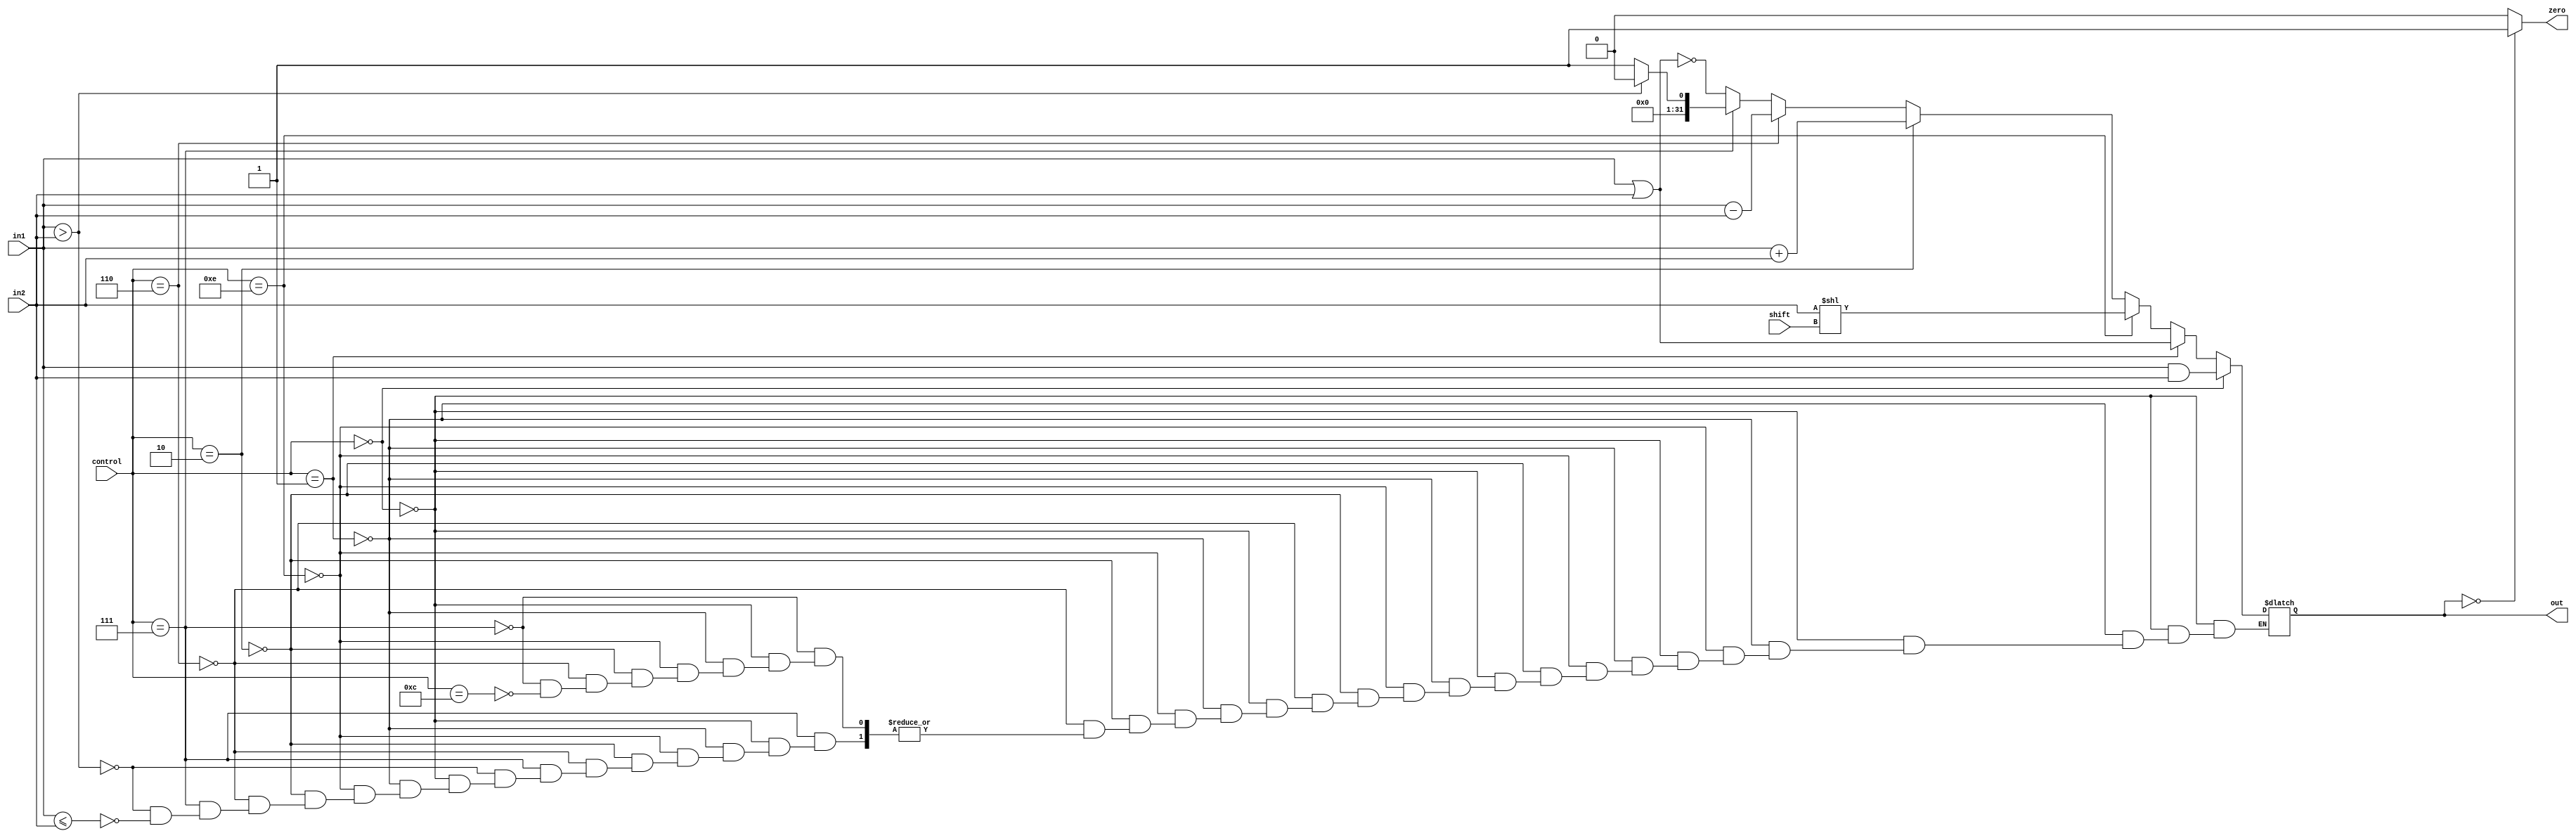
module Alu (in1 , in2 , control , zero , shift , out) ;
	input[31:0] in1;
	input[31:0] in2;
	input[3:0] control;	
	input[4:0] shift;
	output reg [31:0] out;
	output reg zero; 
	 always @(in1 or in2 or control) #5 begin
		if(control == 4'b0000)	
			out = in1 & in2;
	
		else if(control == 4'b0001)
			out = in1 | in2;

		else if(control == 4'b1110)  //sll
			out = in2 << shift;				

		else if(control == 4'b0010)
			out = in1 + in2;
			 
		else if(control == 4'b0110)
			out = in1 - in2;
	
		else if(control == 4'b0111) begin
			if(in1 > in2)
				out = 0;
			else if (in1 <= in2)
				out = 1;
		end
		else if(control == 4'b1100)
			out = ~(in1 | in2);
	end
	always @ (out)	#5 begin 
		if (out==0)
			zero = 1'b1;
		else
			zero = 1'b0;
	end
endmodule